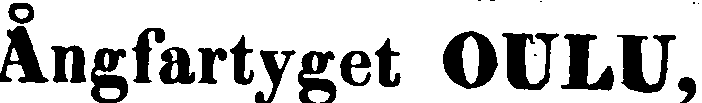
Ångfartyget OULU,